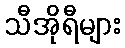
သီအိုရီများ